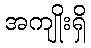
အကျိုးရှိ